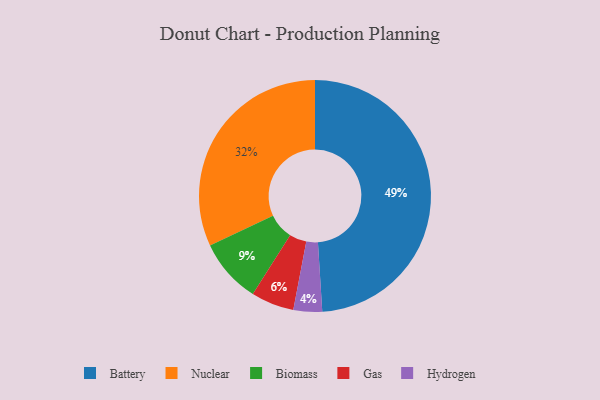
{"axis": {"x": "Category", "y": "Percentage"}, "legend": ["Battery", "Biomass", "Gas", "Hydrogen", "Nuclear"], "data": [{"x": "Nuclear", "y": 32, "type": "Nuclear"}, {"x": "Battery", "y": 49, "type": "Battery"}, {"x": "Biomass", "y": 9, "type": "Biomass"}, {"x": "Gas", "y": 6, "type": "Gas"}, {"x": "Hydrogen", "y": 4, "type": "Hydrogen"}]}